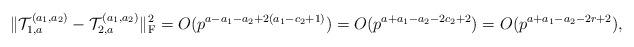
LaTeX: \begin{align*}\|\mathcal{T}_{1,a}^{(a_1,a_2)}-\mathcal{T}_{2,a}^{(a_1,a_2)}\|_{\rm F}^2=O(p^{a-a_1-a_2+2(a_1-c_2+1)})=O(p^{a+a_1-a_2-2c_2+2})=O(p^{a+a_1-a_2-2r+2}), \end{align*}